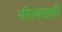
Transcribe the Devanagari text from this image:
मीरबख्शी